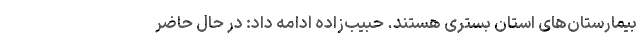
بیمارستان‌های استان بستری هستند. حبیب‌زاده ادامه داد: در حال حاضر